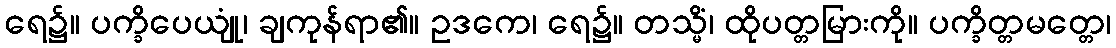
ရေ၌။ ပက္ခိပေယျုံ၊ ချကုန်ရာ၏။ ဥဒကေ၊ ရေ၌။ တသ္မိံ၊ ထိုပတ္တမြားကို။ ပက္ခိတ္တမတ္တေ၊